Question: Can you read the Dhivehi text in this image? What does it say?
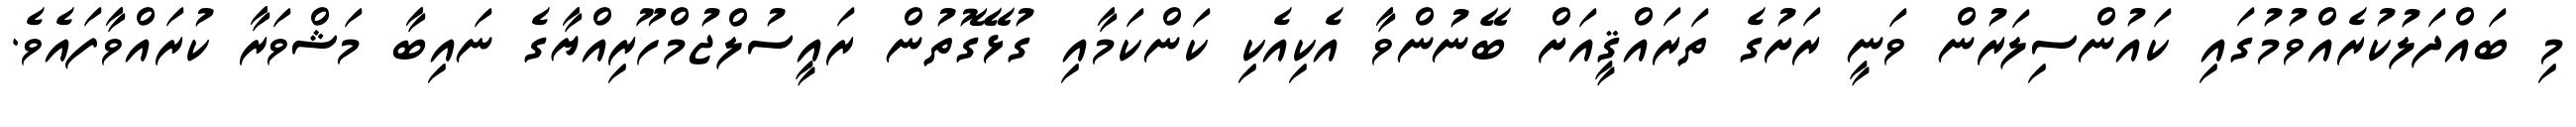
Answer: މި ބައްދަލުކުރެއްވުމުގައި ކައުންސިލަރުން ވަނީ ރަށުގެ ތަރައްޤީއަށް ބޭނުންވާ އެކިއެކި ކަންކަމާއި ގުޅޭގޮތުން ރައީސުލްޖުމްހޫރިއްޔާގެ ނައިބާ މަޝްވަރާ ކުރައްވާފައެވެ.